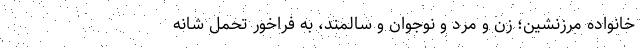
خانواده مرزنشين؛ زن و مرد و نوجوان و سالمند، به فراخور تحمل شانه‌